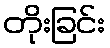
တိုးခြင်း